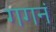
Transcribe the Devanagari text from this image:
गगनं